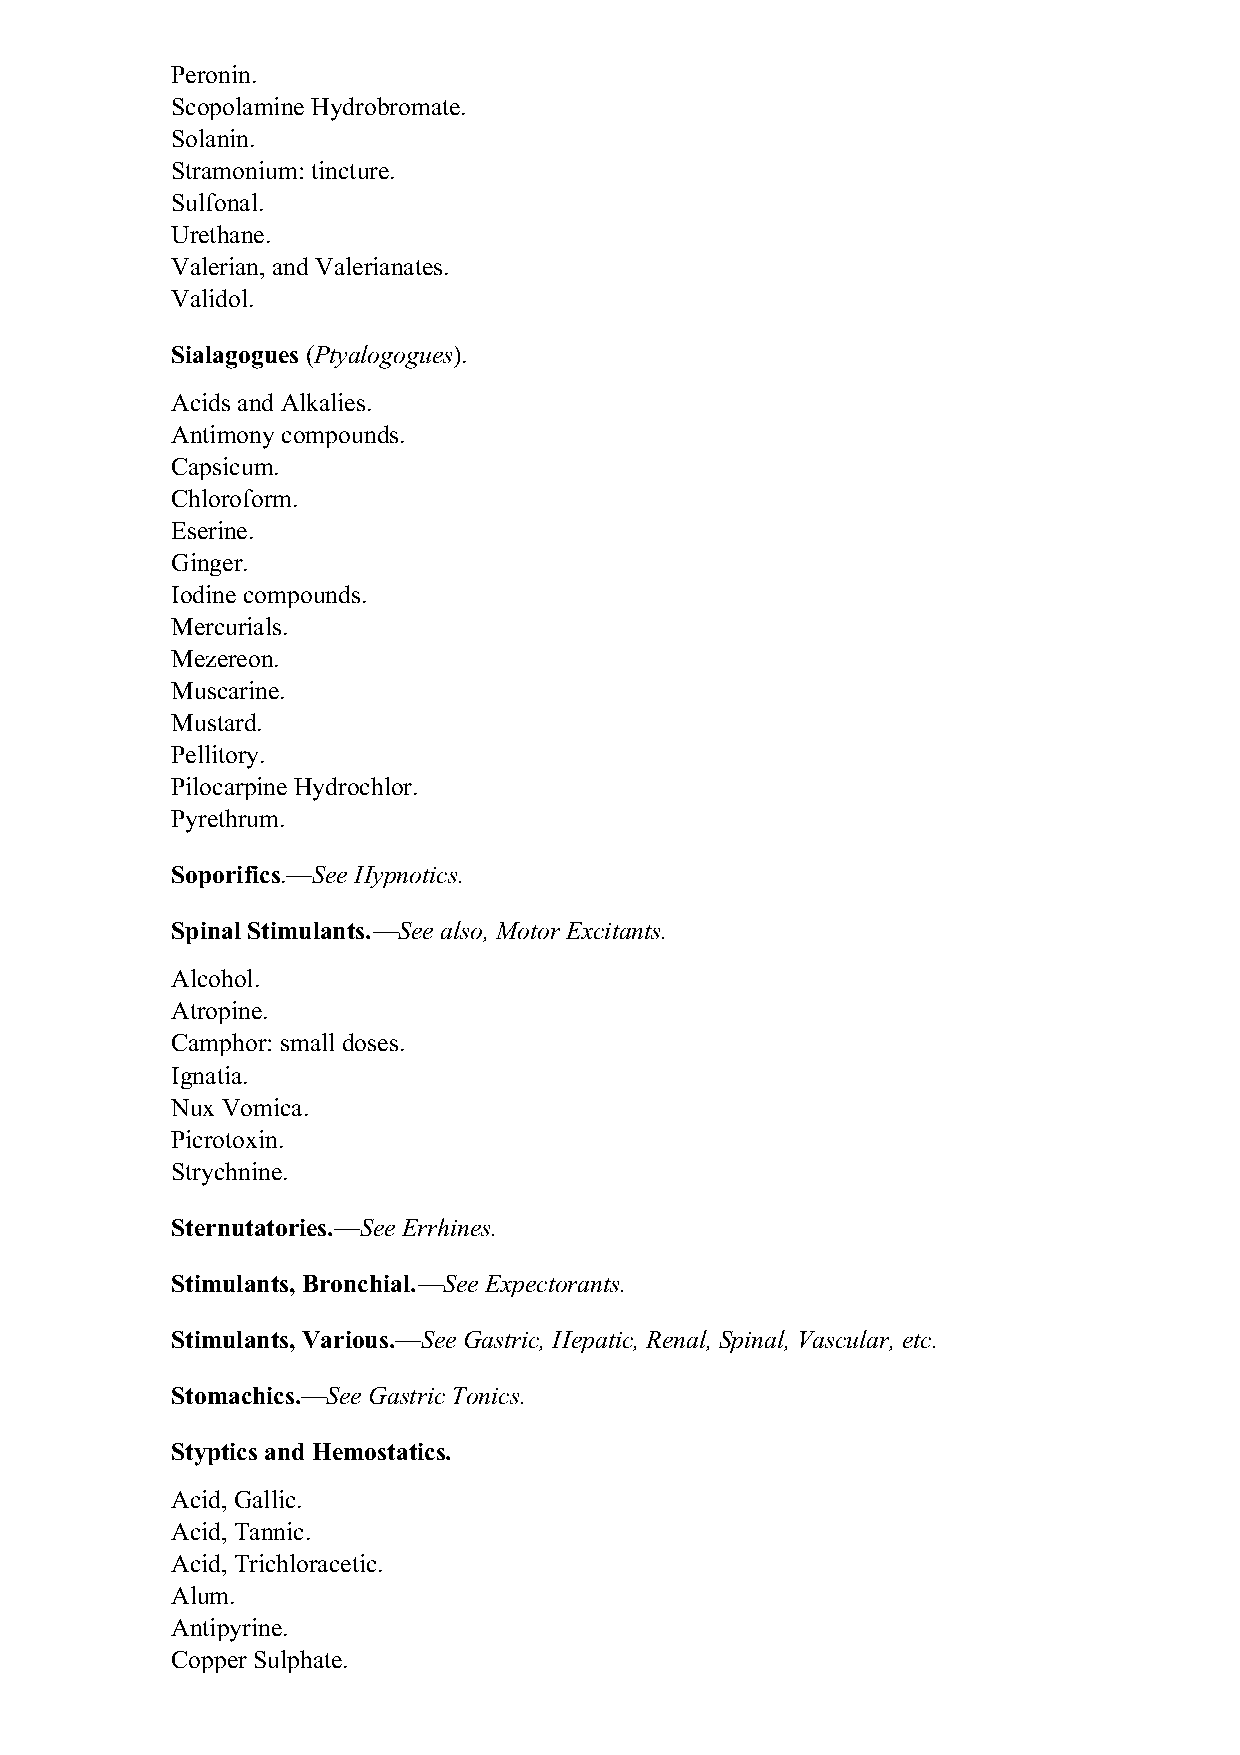
Peronin.
 Scopolamine Hydrobromate.
 Solanin.
 Stramonium: tincture.
 Sulfonal.
 Urethane.
 Valerian, and Valerianates.
 Validol.
 Sialagogues (Ptyalogogues).
 Acids and Alkalies.
 Antimony compounds.
 Capsicum.
 Chloroform.
 Eserine.
 Ginger.
 Iodine compounds.
 Mercurials.
 Mezereon.
 Muscarine.
 Mustard.
 Pellitory.
 Pilocarpine Hydrochlor.
 Pyrethrum.
 Soporifics.—See Hypnotics.
 Spinal Stimulants.—See also, Motor Excitants.
 Alcohol.
 Atropine.
 Camphor: small doses.
 Ignatia.
 Nux Vomica.
 Picrotoxin.
 Strychnine.
 Sternutatories.—See Errhines.
 Stimulants, Bronchial.—See Expectorants.
 Stimulants, Various.—See Gastric, Hepatic, Renal, Spinal, Vascular, etc.
 Stomachics.—See Gastric Tonics.
 Styptics and Hemostatics.
 Acid, Gallic.
 Acid, Tannic.
 Acid, Trichloracetic.
 Alum.
 Antipyrine.
 Copper Sulphate.